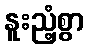
နူးညံ့စွာ